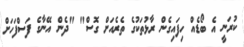
ކުރަނީ އެ ބޯޑެއް ހިފައިގެން ރާޅުތަކުގެ ތެރެއަށް ގޮސް" "ދެން އޭނާގެ ފަސްފަހަށް